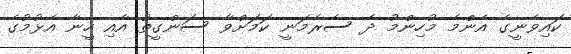
ކައިވެނީގެ އެންމެ މުހިންމު ދެ ސެރެމަނީ ކަމަށްވާ ސަންގީތު އާއި ހީނާ އެޅުމުގެ